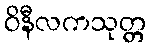
ဝိနီလကသုတ္တ